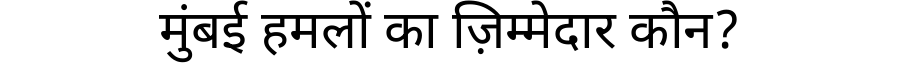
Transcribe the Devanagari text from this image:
मुंबई हमलों का ज़िम्मेदार कौन?